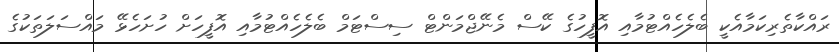
ރައްކާތެރިކަމާއެކީ ބެލެހެއްޓުމާއި އޮފީހުގެ ކޭސް މެނޭޖްމަންޓް ސިސްޓަމް ބެލެހެއްޓުމާއި އޮފީހަށް ހުށަހެޅޭ މައްސަލަތަކުގެ